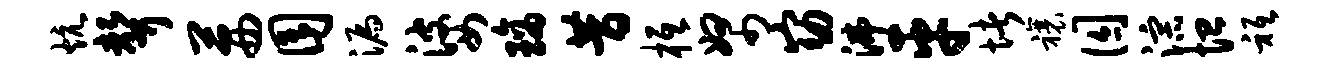
炕声茜囿漏婆璃昔柢帑窈沸平堵禳囚淙恤只